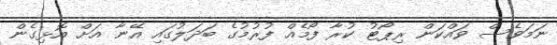
ނަމަވެސް ވައްކަން ރިޕޯޓު ކުރާ ފޯމެއް ފުރުމުގެ ބަދަލުގައި އޭނާ އަށް އޮޅިގެން